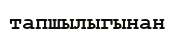
тапшылыгынан